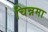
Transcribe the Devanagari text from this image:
चिन्नमा